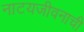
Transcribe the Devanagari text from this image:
नाटयजीवनाची